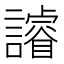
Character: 䜜